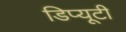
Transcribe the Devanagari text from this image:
डिप्यूटी